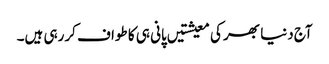
آج دنیا بھر کی معیشتیں پانی ہی کا طواف کررہی ہیں۔